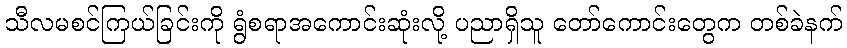
သီလမစင်ကြယ်ခြင်းကို ရွံစရာအကောင်းဆုံးလို့ ပညာရှိသူ တော်ကောင်းတွေက တစ်ခဲနက်